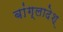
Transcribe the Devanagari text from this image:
बांग्लादेश्